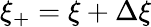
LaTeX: \xi_{+}=\xi+\Delta\xi